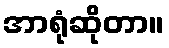
အာရုံဆိုတာ။